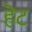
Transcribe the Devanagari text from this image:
हॆट